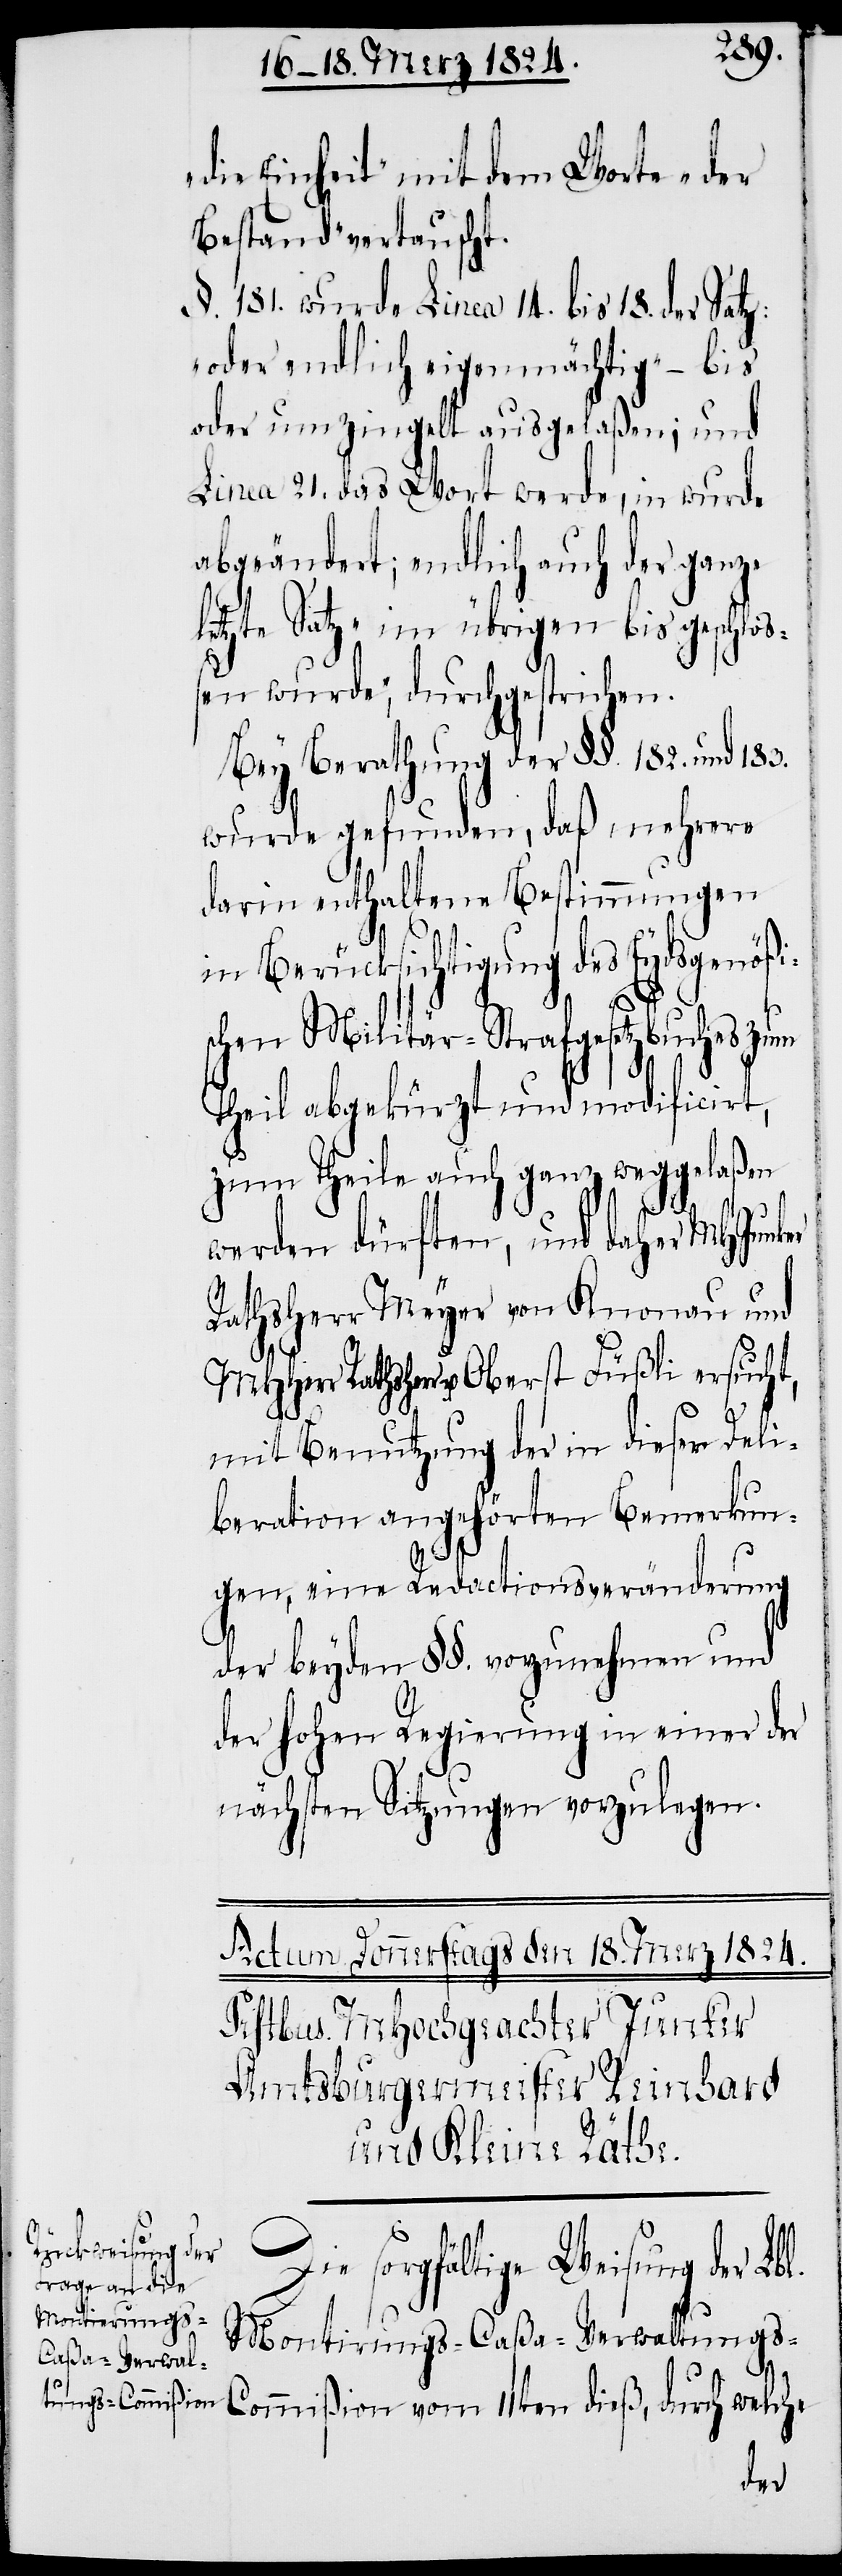
„die Einheit“ mit dem Worte „der
Bestand“ vertauscht.
§. 181. wurde Linea 14. bis 18. der Satz:
„oder endlich eigenmächtig“ – bis
oder umzingelt ausgelaßen; und
Linea 21. das Wort werde, in wurde
abgeändert; endlich auch der ganze
etzte Satz „im übrigen bis geschlo¬
ßen wurde“, durchgestrichen.
Bey Berathung der §§. 182. und 183.
wurde gefunden, daß mehrere
darin enthaltene Bestimmungen
in Berücksichtigung des Eydsgenößi¬
schen Militär-Strafgesetzbuches zum
Theil abgekürzt und modificirt,
zum Theile auch ganz weggelaßen
werden dürften, und daher MHJunker
Rathsherr Meyer von Knonau und
Rathsherr u. Oberst Füßli ersucht,
mit Benutzung der in dieser Deli¬
beration angehörten Bemerkun¬
gen, eine Redactionsveränderung
der beyden §§. vorzunehmen und
der hohen Regierung in einer der
nächsten Sitzungen vorzulegen.
Die sorgfältige Weisung der Lbl.
Montirungs-Caßa-Verwaltungs-C¬
l¬
ommißion vom 11ten dieß, durch welche